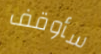
سأوقف